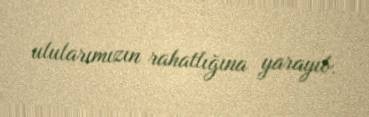
ulularımızın rahatlığına yarayıb.